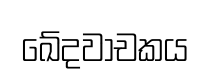
ඛේදවාචකය